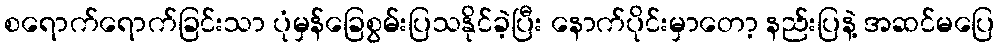
စရောက်ရောက်ခြင်းသာ ပုံမှန်ခြေစွမ်းပြသနိုင်ခဲ့ပြီး နောက်ပိုင်းမှာတော့ နည်းပြနဲ့ အဆင်မပြေ